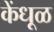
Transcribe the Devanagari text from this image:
केंधूळ